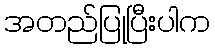
အတည်ပြုပြီးပါက